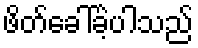
ဖိတ်ခေါ်ခဲ့ပါသည်